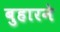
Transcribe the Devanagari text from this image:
बुहारने